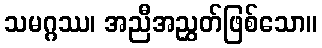
သမဂ္ဂဿ၊ အညီအညွှတ်ဖြစ်သော။